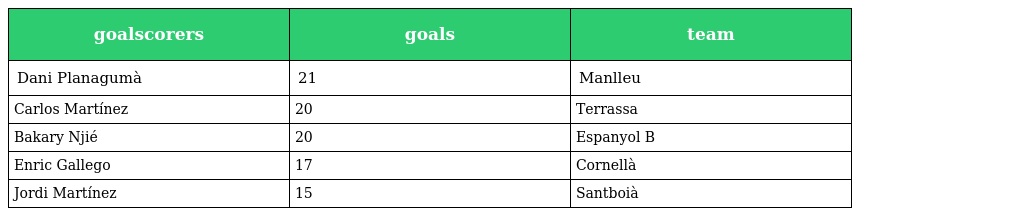
| goalscorers | goals | team |
 | --- | --- | --- |
 | Dani Planagumà | 21 | Manlleu |
 | Carlos Martínez | 20 | Terrassa |
 | Bakary Njié | 20 | Espanyol B |
 | Enric Gallego | 17 | Cornellà |
 | Jordi Martínez | 15 | Santboià |